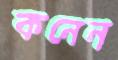
কনেন